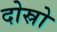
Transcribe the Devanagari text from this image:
दोस्रो